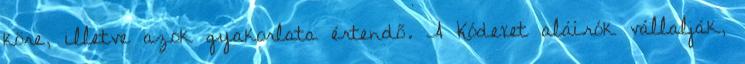
köre, illetve azok gyakorlata értendő. A Kódexet aláírók vállalják,